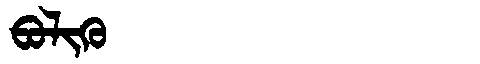
Manchu: ᠪᠣᠯᡳᡴᡠ
Romanization: BOLIKU